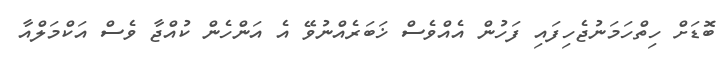
ބޮޑަށް ހިތްހަމަނުޖެހިފައި ފަހުން އެއްވެސް ޚަބަރެއްނުވޭ އެ އަންހެން ކުއްޖާ ވެސް އަކްމަލްއާ